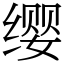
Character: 缨